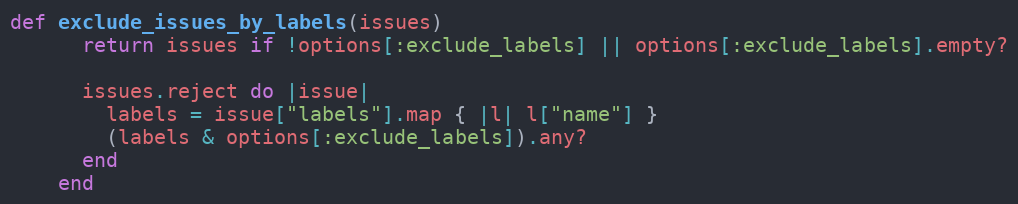
Language: Ruby
def exclude_issues_by_labels(issues)
      return issues if !options[:exclude_labels] || options[:exclude_labels].empty?

      issues.reject do |issue|
        labels = issue["labels"].map { |l| l["name"] }
        (labels & options[:exclude_labels]).any?
      end
    end